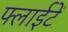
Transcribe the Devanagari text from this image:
फ्लाईटें